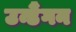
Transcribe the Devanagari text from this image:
उन्डैंगन